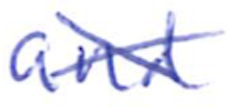
Text: and
Cross-out: cross
Writing tool: ballpoint